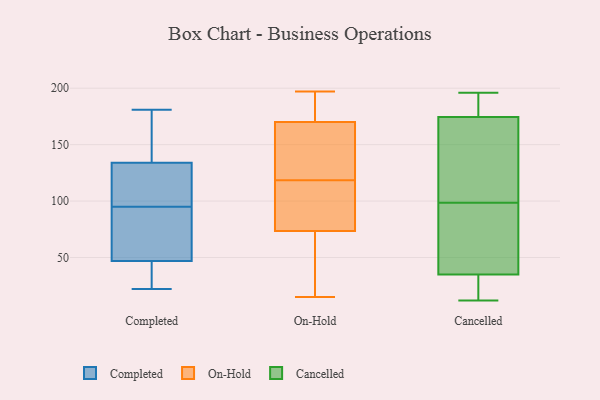
{"axis": {"x": "Temperature (°C)", "y": "Value"}, "legend": ["Cancelled", "Completed", "On-Hold"], "data": [{"x": "", "y": 110, "type": "Completed"}, {"x": "", "y": 46, "type": "Completed"}, {"x": "", "y": 71, "type": "Completed"}, {"x": "", "y": 151, "type": "Completed"}, {"x": "", "y": 161, "type": "Completed"}, {"x": "", "y": 22, "type": "Completed"}, {"x": "", "y": 134, "type": "Completed"}, {"x": "", "y": 47, "type": "Completed"}, {"x": "", "y": 114, "type": "Completed"}, {"x": "", "y": 45, "type": "Completed"}, {"x": "", "y": 181, "type": "Completed"}, {"x": "", "y": 43, "type": "Completed"}, {"x": "", "y": 88, "type": "Completed"}, {"x": "", "y": 81, "type": "Completed"}, {"x": "", "y": 142, "type": "Completed"}, {"x": "", "y": 111, "type": "Completed"}, {"x": "", "y": 102, "type": "Completed"}, {"x": "", "y": 68, "type": "Completed"}, {"x": "", "y": 120, "type": "On-Hold"}, {"x": "", "y": 196, "type": "On-Hold"}, {"x": "", "y": 189, "type": "On-Hold"}, {"x": "", "y": 189, "type": "On-Hold"}, {"x": "", "y": 67, "type": "On-Hold"}, {"x": "", "y": 29, "type": "On-Hold"}, {"x": "", "y": 113, "type": "On-Hold"}, {"x": "", "y": 163, "type": "On-Hold"}, {"x": "", "y": 69, "type": "On-Hold"}, {"x": "", "y": 49, "type": "On-Hold"}, {"x": "", "y": 78, "type": "On-Hold"}, {"x": "", "y": 15, "type": "On-Hold"}, {"x": "", "y": 172, "type": "On-Hold"}, {"x": "", "y": 138, "type": "On-Hold"}, {"x": "", "y": 112, "type": "On-Hold"}, {"x": "", "y": 107, "type": "On-Hold"}, {"x": "", "y": 166, "type": "On-Hold"}, {"x": "", "y": 117, "type": "On-Hold"}, {"x": "", "y": 168, "type": "On-Hold"}, {"x": "", "y": 197, "type": "On-Hold"}, {"x": "", "y": 154, "type": "Cancelled"}, {"x": "", "y": 12, "type": "Cancelled"}, {"x": "", "y": 36, "type": "Cancelled"}, {"x": "", "y": 94, "type": "Cancelled"}, {"x": "", "y": 189, "type": "Cancelled"}, {"x": "", "y": 182, "type": "Cancelled"}, {"x": "", "y": 71, "type": "Cancelled"}, {"x": "", "y": 187, "type": "Cancelled"}, {"x": "", "y": 165, "type": "Cancelled"}, {"x": "", "y": 34, "type": "Cancelled"}, {"x": "", "y": 168, "type": "Cancelled"}, {"x": "", "y": 103, "type": "Cancelled"}, {"x": "", "y": 86, "type": "Cancelled"}, {"x": "", "y": 12, "type": "Cancelled"}, {"x": "", "y": 45, "type": "Cancelled"}, {"x": "", "y": 181, "type": "Cancelled"}, {"x": "", "y": 32, "type": "Cancelled"}, {"x": "", "y": 26, "type": "Cancelled"}, {"x": "", "y": 141, "type": "Cancelled"}, {"x": "", "y": 196, "type": "Cancelled"}]}